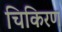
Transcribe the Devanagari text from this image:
चिकिरण